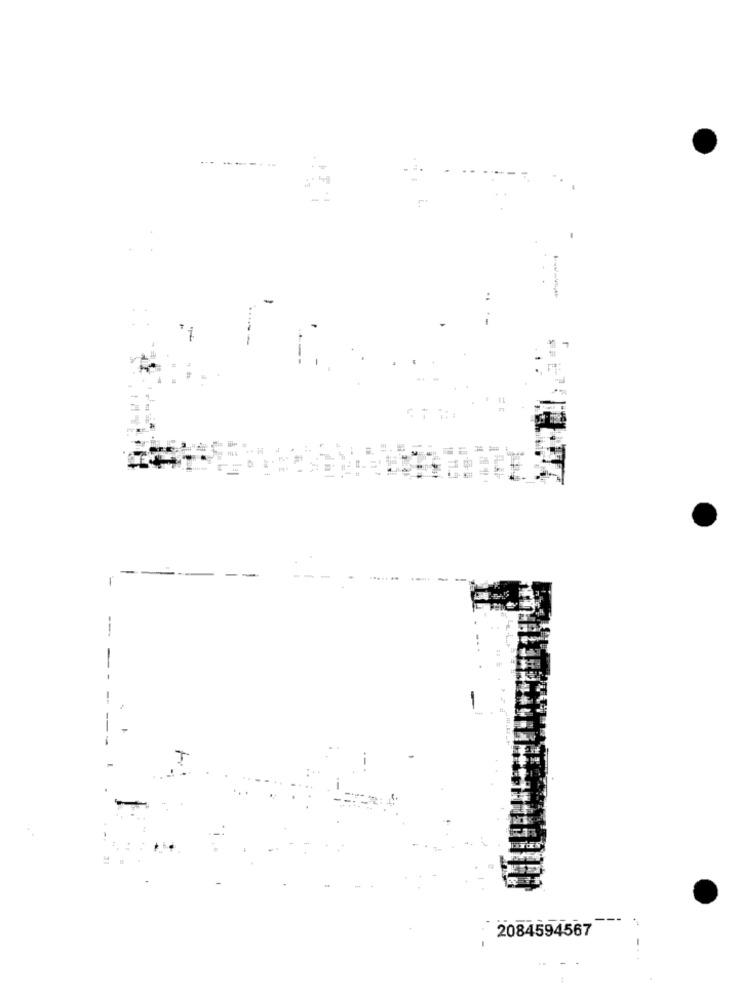
--
1
--
2084594567
-